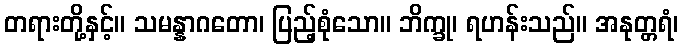
တရားတို့နှင့်။ သမန္နာဂတော၊ ပြည့်စုံသော။ ဘိက္ခု၊ ရဟန်းသည်။ အနုတ္တရံ၊